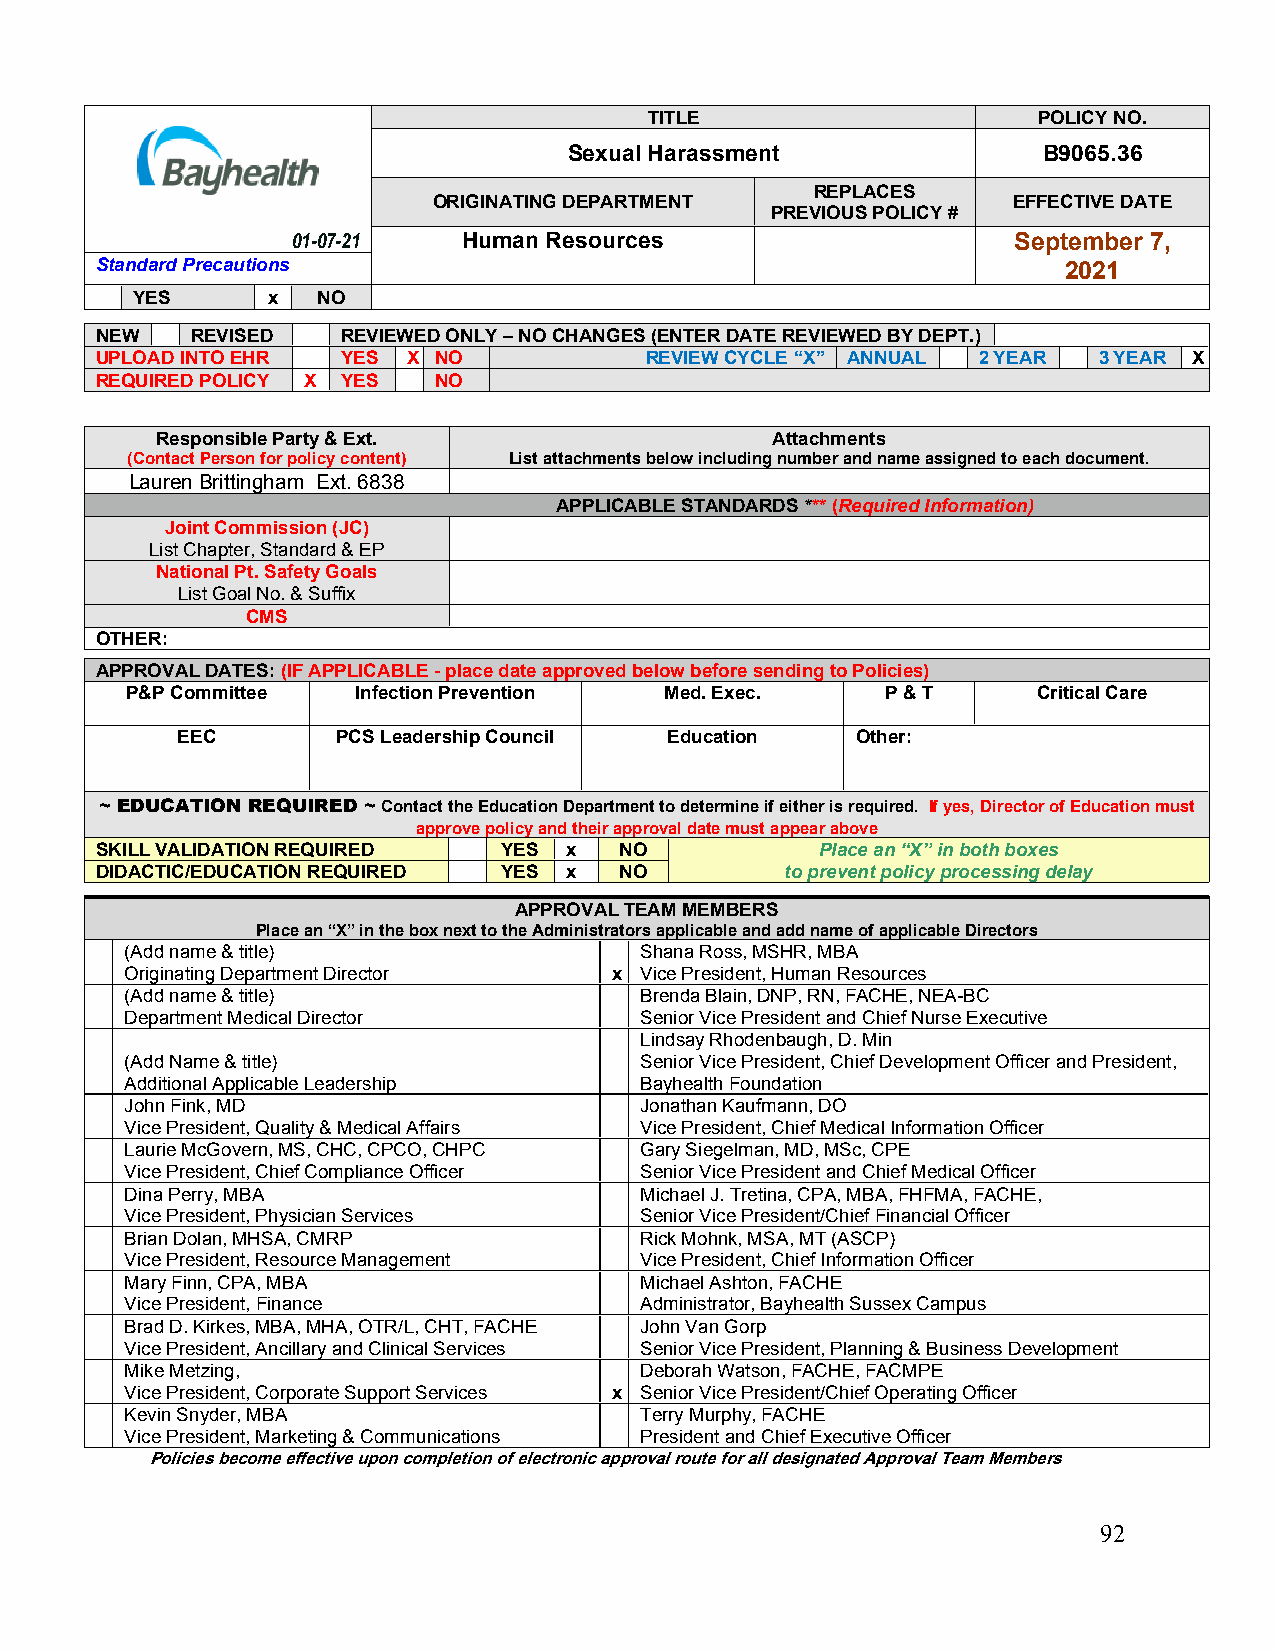
7-02-17
 01/27/20                        TITLE                     POLICY NO.
 Sexual Harassment              B9065.36
 REPLACES
 ORIGINATING DEPARTMENT                EFFECTIVE DATE
 PREVIOUS POLICY #
 01-07-21    Human Resources                     September 7,
 Standard Precautions                                            2021
 YES      x  NO
 NEW    REVISED   REVIEWED ONLY – NO CHANGES (ENTER DATE REVIEWED BY DEPT.)
 UPLOAD INTO EHR  YES X NO            REVIEW CYCLE “X” ANNUAL 2 YEAR 3 YEAR X
 REQUIRED POLICY X YES  NO
 Responsible Party & Ext.                 Attachments
 (Contact Person for policy content) List attachments below including number and name assigned to each document.
 Lauren Brittingham Ext. 6838
 APPLICABLE STANDARDS *** (Required Information)
 Joint Commission (JC)
 List Chapter, Standard & EP
 National Pt. Safety Goals
 List Goal No. & Suffix
 CMS
 OTHER:
 APPROVAL DATES: (IF APPLICABLE - place date approved below before sending to Policies)
 P&P Committee   Infection Prevention Med. Exec.    P & T     Critical Care
 EEC       PCS Leadership Council Education   Other:
 ~ EDUCATION REQUIRED ~ Contact the Education Department to determine if either is required. If yes, Director of Education must
 approve policy and their approval date must appear above
 SKILL VALIDATION REQUIRED  YES x   NO           Place an “X” in both boxes
 DIDACTIC/EDUCATION REQUIRED YES x  NO         to prevent policy processing delay
 APPROVAL TEAM MEMBERS
 Place an “X” in the box next to the Administrators applicable and add name of applicable Directors
 (Add name & title)                Shana Ross, MSHR, MBA
 Originating Department Director  x Vice President, Human Resources
 (Add name & title)                Brenda Blain, DNP, RN, FACHE, NEA-BC
 Department Medical Director       Senior Vice President and Chief Nurse Executive
 Lindsay Rhodenbaugh, D. Min
 (Add Name & title)                Senior Vice President, Chief Development Officer and President,
 Additional Applicable Leadership  Bayhealth Foundation
 John Fink, MD                     Jonathan Kaufmann, DO
 Vice President, Quality & Medical Affairs Vice President, Chief Medical Information Officer
 Laurie McGovern, MS, CHC, CPCO, CHPC Gary Siegelman, MD, MSc, CPE
 Vice President, Chief Compliance Officer Senior Vice President and Chief Medical Officer
 Dina Perry, MBA                   Michael J. Tretina, CPA, MBA, FHFMA, FACHE,
 Vice President, Physician Services Senior Vice President/Chief Financial Officer
 Brian Dolan, MHSA, CMRP           Rick Mohnk, MSA, MT (ASCP)
 Vice President, Resource Management Vice President, Chief Information Officer
 Mary Finn, CPA, MBA               Michael Ashton, FACHE
 Vice President, Finance           Administrator, Bayhealth Sussex Campus
 Brad D. Kirkes, MBA, MHA, OTR/L, CHT, FACHE John Van Gorp
 Vice President, Ancillary and Clinical Services Senior Vice President, Planning & Business Development
 Mike Metzing,                     Deborah Watson, FACHE, FACMPE
 Vice President, Corporate Support Services x Senior Vice President/Chief Operating Officer
 Kevin Snyder, MBA                 Terry Murphy, FACHE
 Vice President, Marketing & Communications President and Chief Executive Officer
 Policies become effective upon completion of electronic approval route for all designated Approval Team Members
 92